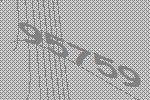
95759